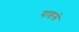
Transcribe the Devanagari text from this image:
पाडसे